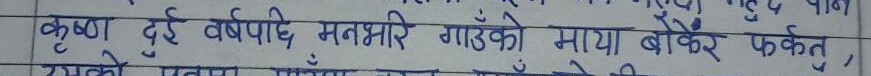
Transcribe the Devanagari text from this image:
कृष्ण दुई वर्षपछि मनभरि गाउँको माया बोकेर फर्के।